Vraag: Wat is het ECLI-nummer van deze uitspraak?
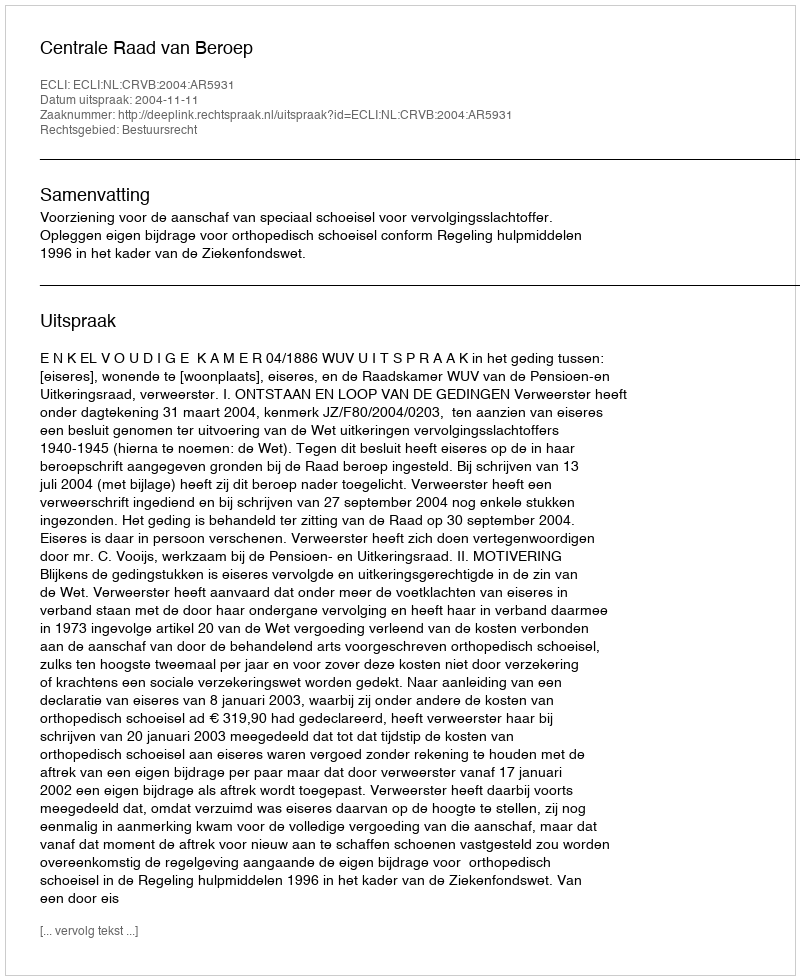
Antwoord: ECLI:NL:CRVB:2004:AR5931